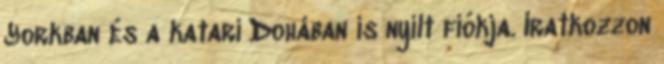
Yorkban és a katari Dohában is nyílt fiókja. Iratkozzon